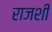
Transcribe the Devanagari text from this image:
राजशी